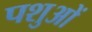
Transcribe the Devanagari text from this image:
पशुआें